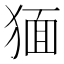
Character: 𤟯